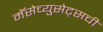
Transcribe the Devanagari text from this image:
मॅसेच्युसेट्सची